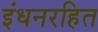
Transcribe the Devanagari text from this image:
इंधनरहित